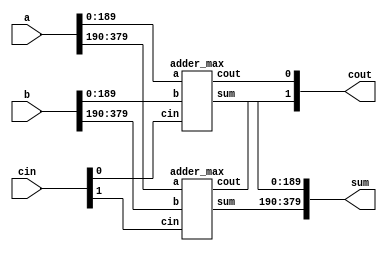
module adder_columns(cout,sum,a,b,cin);

input [379:0]a,b;
output [379:0]sum;
input [1:0]cin;
output [1:0]cout;

adder_max ad1(.a(a[189:0]),.b(b[189:0]),.cin(cin[0]),.sum(sum[189:0]),.cout(cout[0]));
adder_max ad2(.a(a[379:190]),.b(b[379:190]),.cin(cin[1]),.sum(sum[379:190]),.cout(cout[1]));

endmodule



module adder_max(cout, sum, a, b, cin);
parameter size = 190;  /* declare a parameter. default required */
output cout;
output [size-1:0] sum; 	 // sum uses the size parameter
input cin;
input [size-1:0] a, b;  // 'a' and 'b' use the size parameter

assign {cout, sum} = a + b + cin;

endmodule